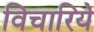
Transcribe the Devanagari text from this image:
विचारिये